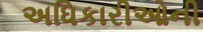
અધિકારીઓની